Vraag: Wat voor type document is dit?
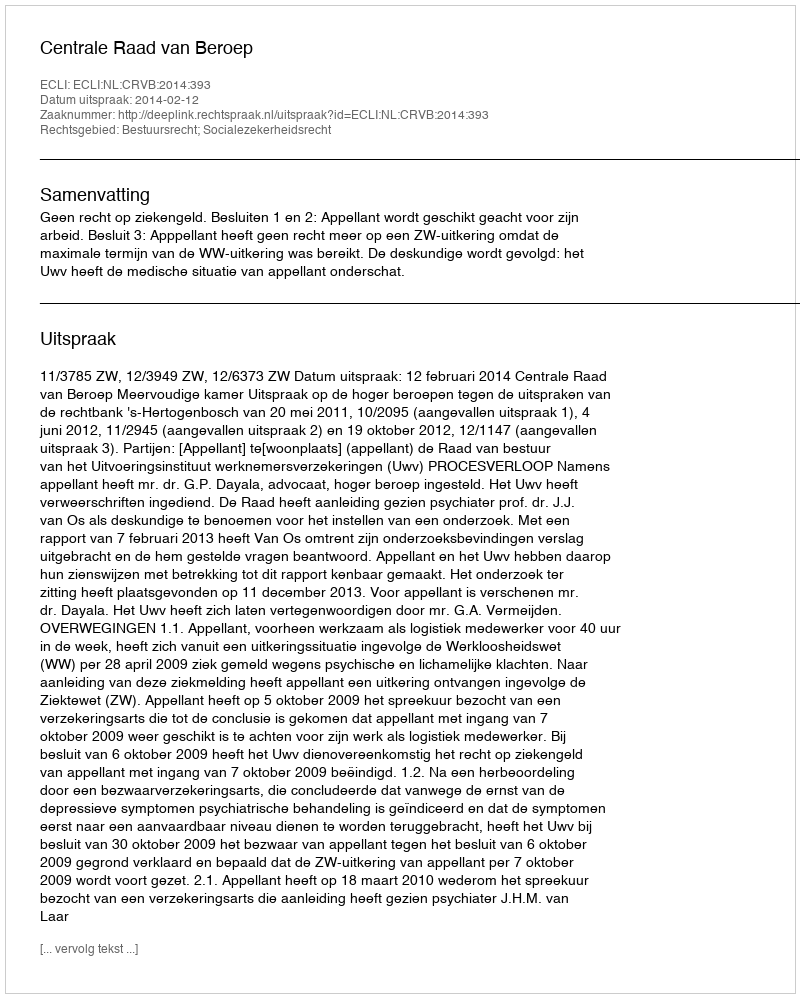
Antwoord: Uitspraak